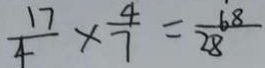
\frac { 1 7 } { 4 } \times \frac { 4 } { 7 } = \frac { 6 8 } { 2 8 }